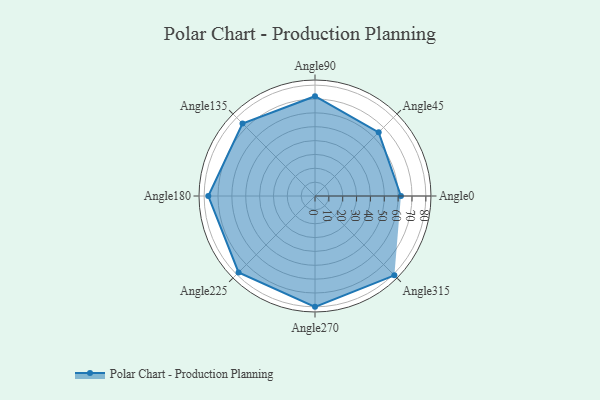
{"axis": {"x": "Angle", "y": "Radius"}, "legend": [""], "data": [{"x": "Angle0", "y": 62.0, "type": ""}, {"x": "Angle45", "y": 65.0, "type": ""}, {"x": "Angle90", "y": 72.0, "type": ""}, {"x": "Angle135", "y": 74.0, "type": ""}, {"x": "Angle180", "y": 77.0, "type": ""}, {"x": "Angle225", "y": 78.0, "type": ""}, {"x": "Angle270", "y": 80.0, "type": ""}, {"x": "Angle315", "y": 81.0, "type": ""}]}